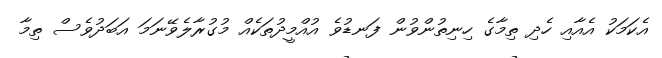
އެކަމަކު އެއާއި ހެދި ތިމާގެ ހިނިތުންވުން ފަނޑުވެ އުއްމީދުތަކެއް މުގުރާލެވޭނަމަ އަބަދުވެސް ތިމާ